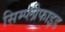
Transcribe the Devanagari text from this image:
सिम्प्लीफाइड